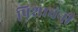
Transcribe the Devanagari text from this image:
पिशाचनी